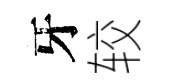
牙较